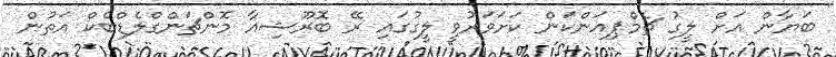
ބަޔާން އަށް ލީގު ޗެމްޕިއަންކަން ކަށަވަރުވީ ލީގުގައި ރޭ ބޮރޫޝިއާ މޮންޗަންގްލެޑްބެކް އަތުން